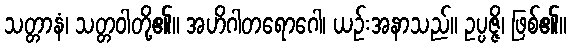
သတ္တာနံ၊ သတ္တဝါတို့၏။ အဟိဂါတရောဂေါ၊ ယဉ်းအနာသည်။ ဥပ္ပဇ္ဇိ၊ ဖြစ်၏။